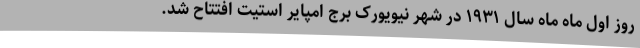
روز اول ماه ماه سال ۱۹۳۱ در شهر نیویورک برج امپایر استیت افتتاح شد.